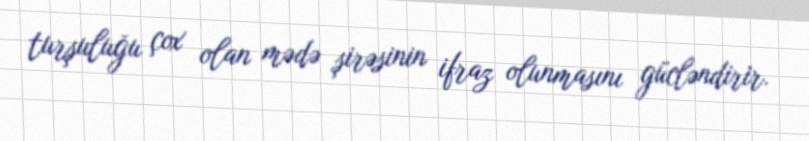
turşuluğu çox olan mədə şirəsinin ifraz olunmasını gücləndirir.